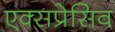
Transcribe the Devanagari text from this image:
एक्सप्रेसिव